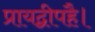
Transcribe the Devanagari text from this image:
प्रायद्वीपहै।